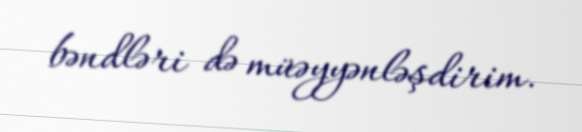
bəndləri də müəyyənləşdirim.